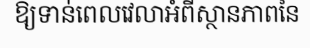
ឱ្យទាន់ពេលវេលាអំពីស្ថានភាពនៃ